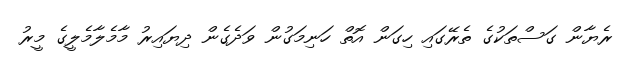
ރެޔާން ގަސްތަކުގެ ތެރޭގައި ހިގަން އޮތް ހަނިމަގުން ވަދެގެން ދިޔައިރު މާމެލާމެލީގެ މީރު